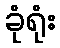
ခုံရုံး